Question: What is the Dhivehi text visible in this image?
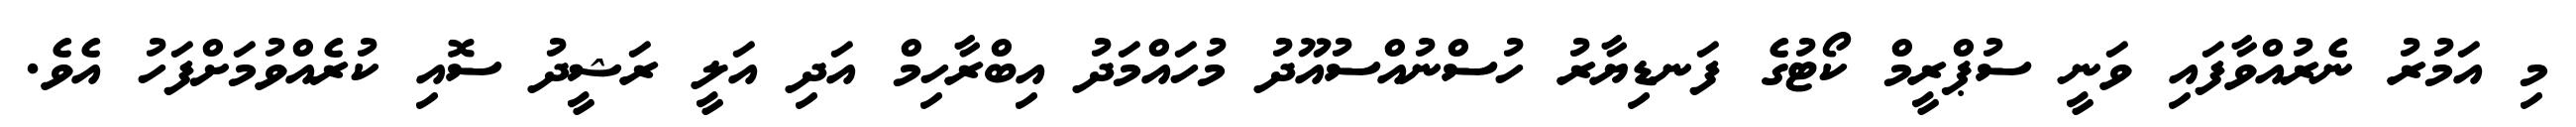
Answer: މި އަމުރު ނެރުއްވާފައި ވަނީ ސުޕްރީމް ކޯޓުގެ ފަނޑިޔާރު ހުސްނުއްސުއޫދު މުހައްމަދު އިބްރާހިމް އަދި އަލީ ރަޝީދު ސޮއި ކުރެއްވުމަށްފަހު އެވެ.